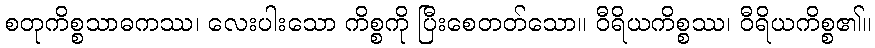
စတုကိစ္စသာဓကဿ၊ လေးပါးသော ကိစ္စကို ပြီးစေတတ်သော။ ဝီရိယကိစ္စဿ၊ ဝီရိယကိစ္စ၏။